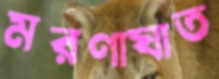
মরণাঘাত